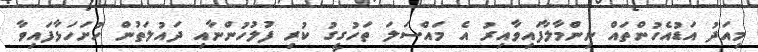
މިއަދު އަޑުއެހުންތައް ނިންމާލާފައިވާއިރު އެ މައްސަލަ ތަހުގީގު ކުރި ފުލުހުންނާއި ދައުލަތުން ހުށަހަޅާފައިވާ